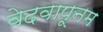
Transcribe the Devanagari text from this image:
वेदवापूनम